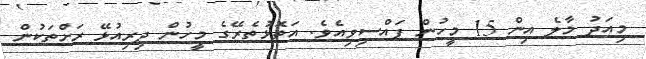
މިއަދު މާލެ އިން 15 މީހުން ފައްސިވިއެވެ. އަތޮޅުތެރޭގެ މީހުން ދިރިއުޅޭ ރަށްތަކުން